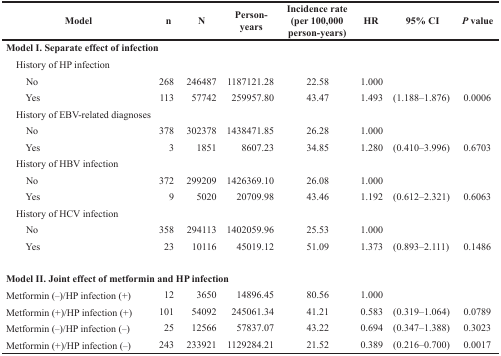
| Model | n | N | Person-years | Incidence rate(per 100,000 person-years) | HR | 95% CI | P value |
 | --- | --- | --- | --- | --- | --- | --- | --- |
 | <COLSPAN=8> Model I. Separate effect of infection |
 | <COLSPAN=8> History of HP infection |
 | No | 268 | 246487 | 1187121.28 | 22.58 | 1.000 |  |  |
 | Yes | 113 | 57742 | 259957.80 | 43.47 | 1.493 | (1.188–1.876) | 0.0006 |
 | <COLSPAN=8> History of EBV-related diagnoses |
 | No | 378 | 302378 | 1438471.85 | 26.28 | 1.000 |  |  |
 | Yes | 3 | 1851 | 8607.23 | 34.85 | 1.280 | (0.410–3.996) | 0.6703 |
 | <COLSPAN=8> History of HBV infection |
 | No | 372 | 299209 | 1426369.10 | 26.08 | 1.000 |  |  |
 | Yes | 9 | 5020 | 20709.98 | 43.46 | 1.192 | (0.612–2.321) | 0.6063 |
 | <COLSPAN=8> History of HCV infection |
 | No | 358 | 294113 | 1402059.96 | 25.53 | 1.000 |  |  |
 | Yes | 23 | 10116 | 45019.12 | 51.09 | 1.373 | (0.893–2.111) | 0.1486 |
 | <COLSPAN=8> Model II. Joint effect of metformin and HP infection |
 | Metformin (−)/HP infection (+) | 12 | 3650 | 14896.45 | 80.56 | 1.000 |  |  |
 | Metformin (+)/HP infection (+) | 101 | 54092 | 245061.34 | 41.21 | 0.583 | (0.319–1.064) | 0.0789 |
 | Metformin (−)/HP infection (−) | 25 | 12566 | 57837.07 | 43.22 | 0.694 | (0.347–1.388) | 0.3023 |
 | Metformin (+)/HP infection (−) | 243 | 233921 | 1129284.21 | 21.52 | 0.389 | (0.216–0.700) | 0.0017 |